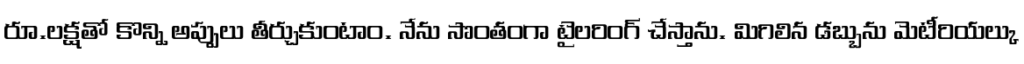
రూ.లక్షతో కొన్ని అప్పులు తీర్చుకుంటాం. నేను సొంతంగా టైలరింగ్ చేస్తాను. మిగిలిన డబ్బును మెటీరియల్కు